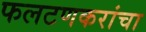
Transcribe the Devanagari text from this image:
फलटणकरांचा